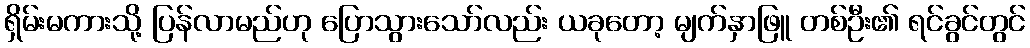
ရှိမ်းမကားသို့ ပြန်လာမည်ဟု ပြောသွားသော်လည်း ယခုတော့ မျက်နှာဖြူ တစ်ဦး၏ ရင်ခွင်တွင်